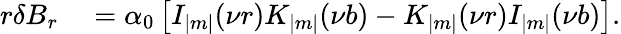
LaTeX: \begin{array}{rl}{r\delta B_{r}}&{{}=\alpha_{0}\left[I_{|m|}(\nu r)K_{|m|}(\nu b)-K_{|m|}(\nu r)I_{|m|}(\nu b)\right].}\end{array}